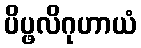
ပိပ္ဖလိဂုဟာယံ